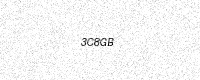
Text: 3C8GB